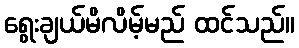
ရွေးချယ်မိလိမ့်မည် ထင်သည်။